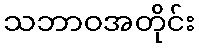
သဘာဝအတိုင်း